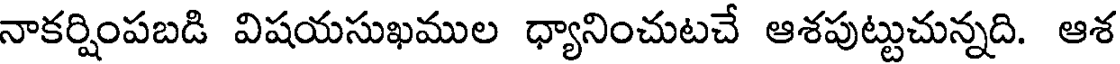
నాకర్షింపబడి విషయసుఖముల ధ్యానించుటచే ఆశపుట్టుచున్నది. ఆశ